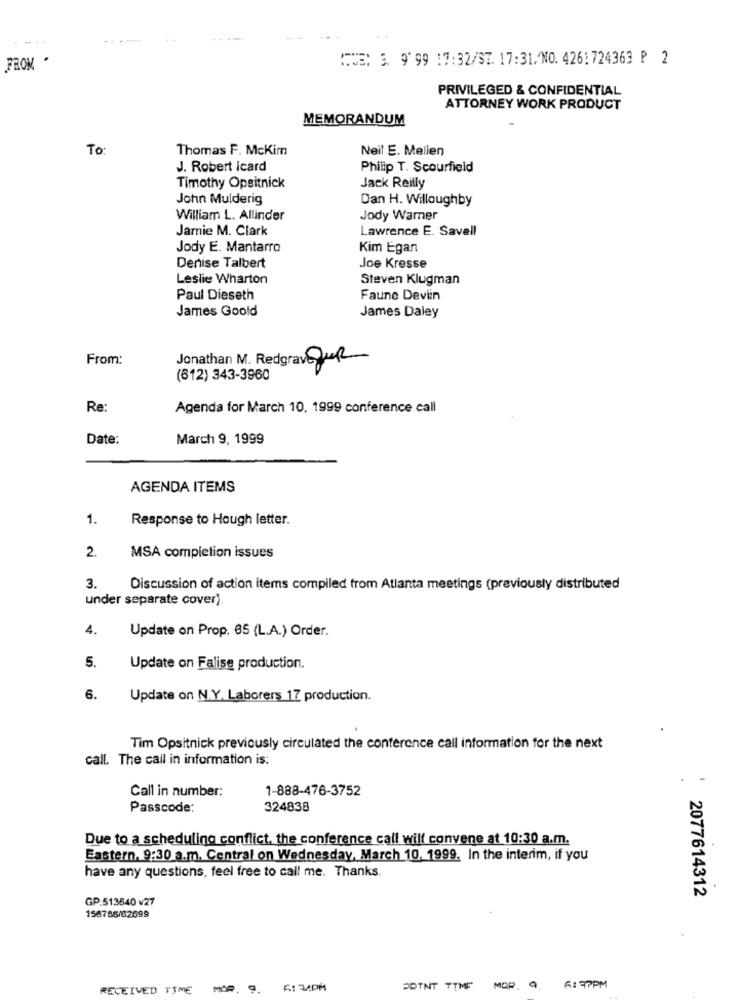
....
. .
E 3. 999 17:32/ST. 17:31./NO. 4261724363 P 2
FROM .
PRIVILEGED & CONFIDENTIAL
ATTORNEY WORK PRODUCT
MEMORANDUM
To
Thomas F. McKim
Neil E. Mellen
J. Robert icard
Philip T. Scourfield
Jack Reilly
Timothy Opsitnick
John Mulderig
Dan H. Willoughby
William L. Allinder
Jody Warner
Jarnie M. Clark
Lawrence E. Savell
Jody E. Mantarro
Kim Egan
Denise Talbert
Joe Kresse
Leslie Wharton
Steven Klugman
Paul Dieseth
Faune Deviin
James Goold
James Daley
From:
Jonathan M. Redgrave Que
(612) 343-3960
Re:
Agenda for March 10, 1999 conference call
Date:
March 9, 1999
AGENDA ITEMS
1.
Response to Hough letter.
2.
MSA completion issues
3.
Discussion of action items compiled from Atlanta meetings (previously distributed
under separate cover).
4.
Update on Prop. 05 (L.A.) Order.
5.
Update on Falise production.
6.
Update on N.Y. Laborers 17 production.
Tim Opsitnick previously circulated the conference call information for the next
call. The call in information is:
Call in number:
1-888-476-3752
Passcode:
324838
Due to a scheduling conflict, the conference call will convene at 10:30 a.m.
Eastern, 9:30 a.m. Central on Wednesday, March 10, 1999. In the interim, if you
have any questions, feel free to call me. Thanks.
2077614312
GP.513640 v27
156786/62699
RECEIVED TIME
MOR. 9.
POINT TTMF
MOR. 9
6:37PM